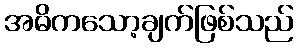
အဓိကသော့ချက်ဖြစ်သည်